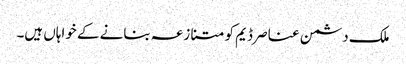
ملک دشمن عناصر ڈیم کو متنازعہ بنانے کے خواہاں ہیں۔